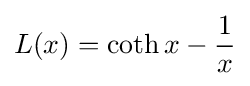
L(x)=\coth x-{1 \over x}